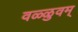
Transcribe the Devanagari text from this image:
वळ्ळुवम्